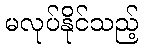
မလုပ်နိုင်သည့်